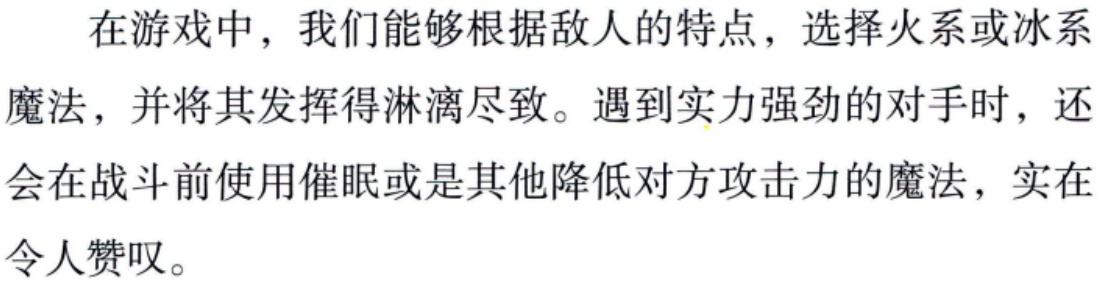
在游戏中，我们能够根据敌人的特点，选择火系或冰系魔法，并将其发挥得淋漓尽致。遇到实力强劲的对手时，还会在战斗前使用催眠或是其他降低对方攻击力的魔法，实在令人赞叹。